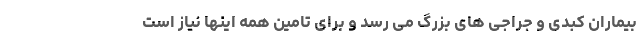
بیماران کبدی و جراجی های بزرگ می رسد و برای تامین همه اینها نیاز است